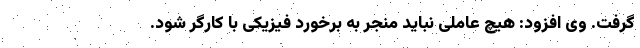
گرفت. وی افزود: هیچ عاملی نباید منجر به برخورد فیزیکی با کارگر شود.